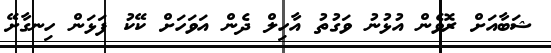
ޝަބާއަށް ރޮވެން އުޅުނު ވަގުތު އާހިލް ދެން އަވަހަށް ކޭކު ފަޅަން ހިނގާށޭ